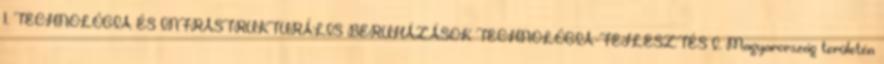
1. TECHNOLÓGIA ÉS INFRASTRUKTURÁLIS BERUHÁZÁSOK TECHNOLÓGIA-FEJLESZTÉS I. Magyarország területén